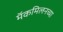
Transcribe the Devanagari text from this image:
मॅकमिलनच्या